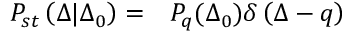
\begin{array} { r l } { P _ { s t } \left( \Delta | \Delta _ { 0 } \right) = } & { { } P _ { q } ( \Delta _ { 0 } ) \delta \left( \Delta - q \right) } \end{array}